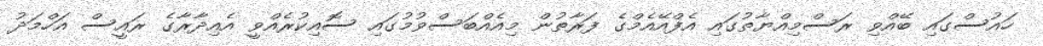
ހައުސްގައި ބޭއްވި ރަސްމިއްޔާތުގައި އެފްއޭއެމްގެ ފަރާތުން މިއެއްބަސްވުމުގައި ސޮއިކުރެއްވީ އެއިދާރާގެ ރައީސް އަހްމަދު